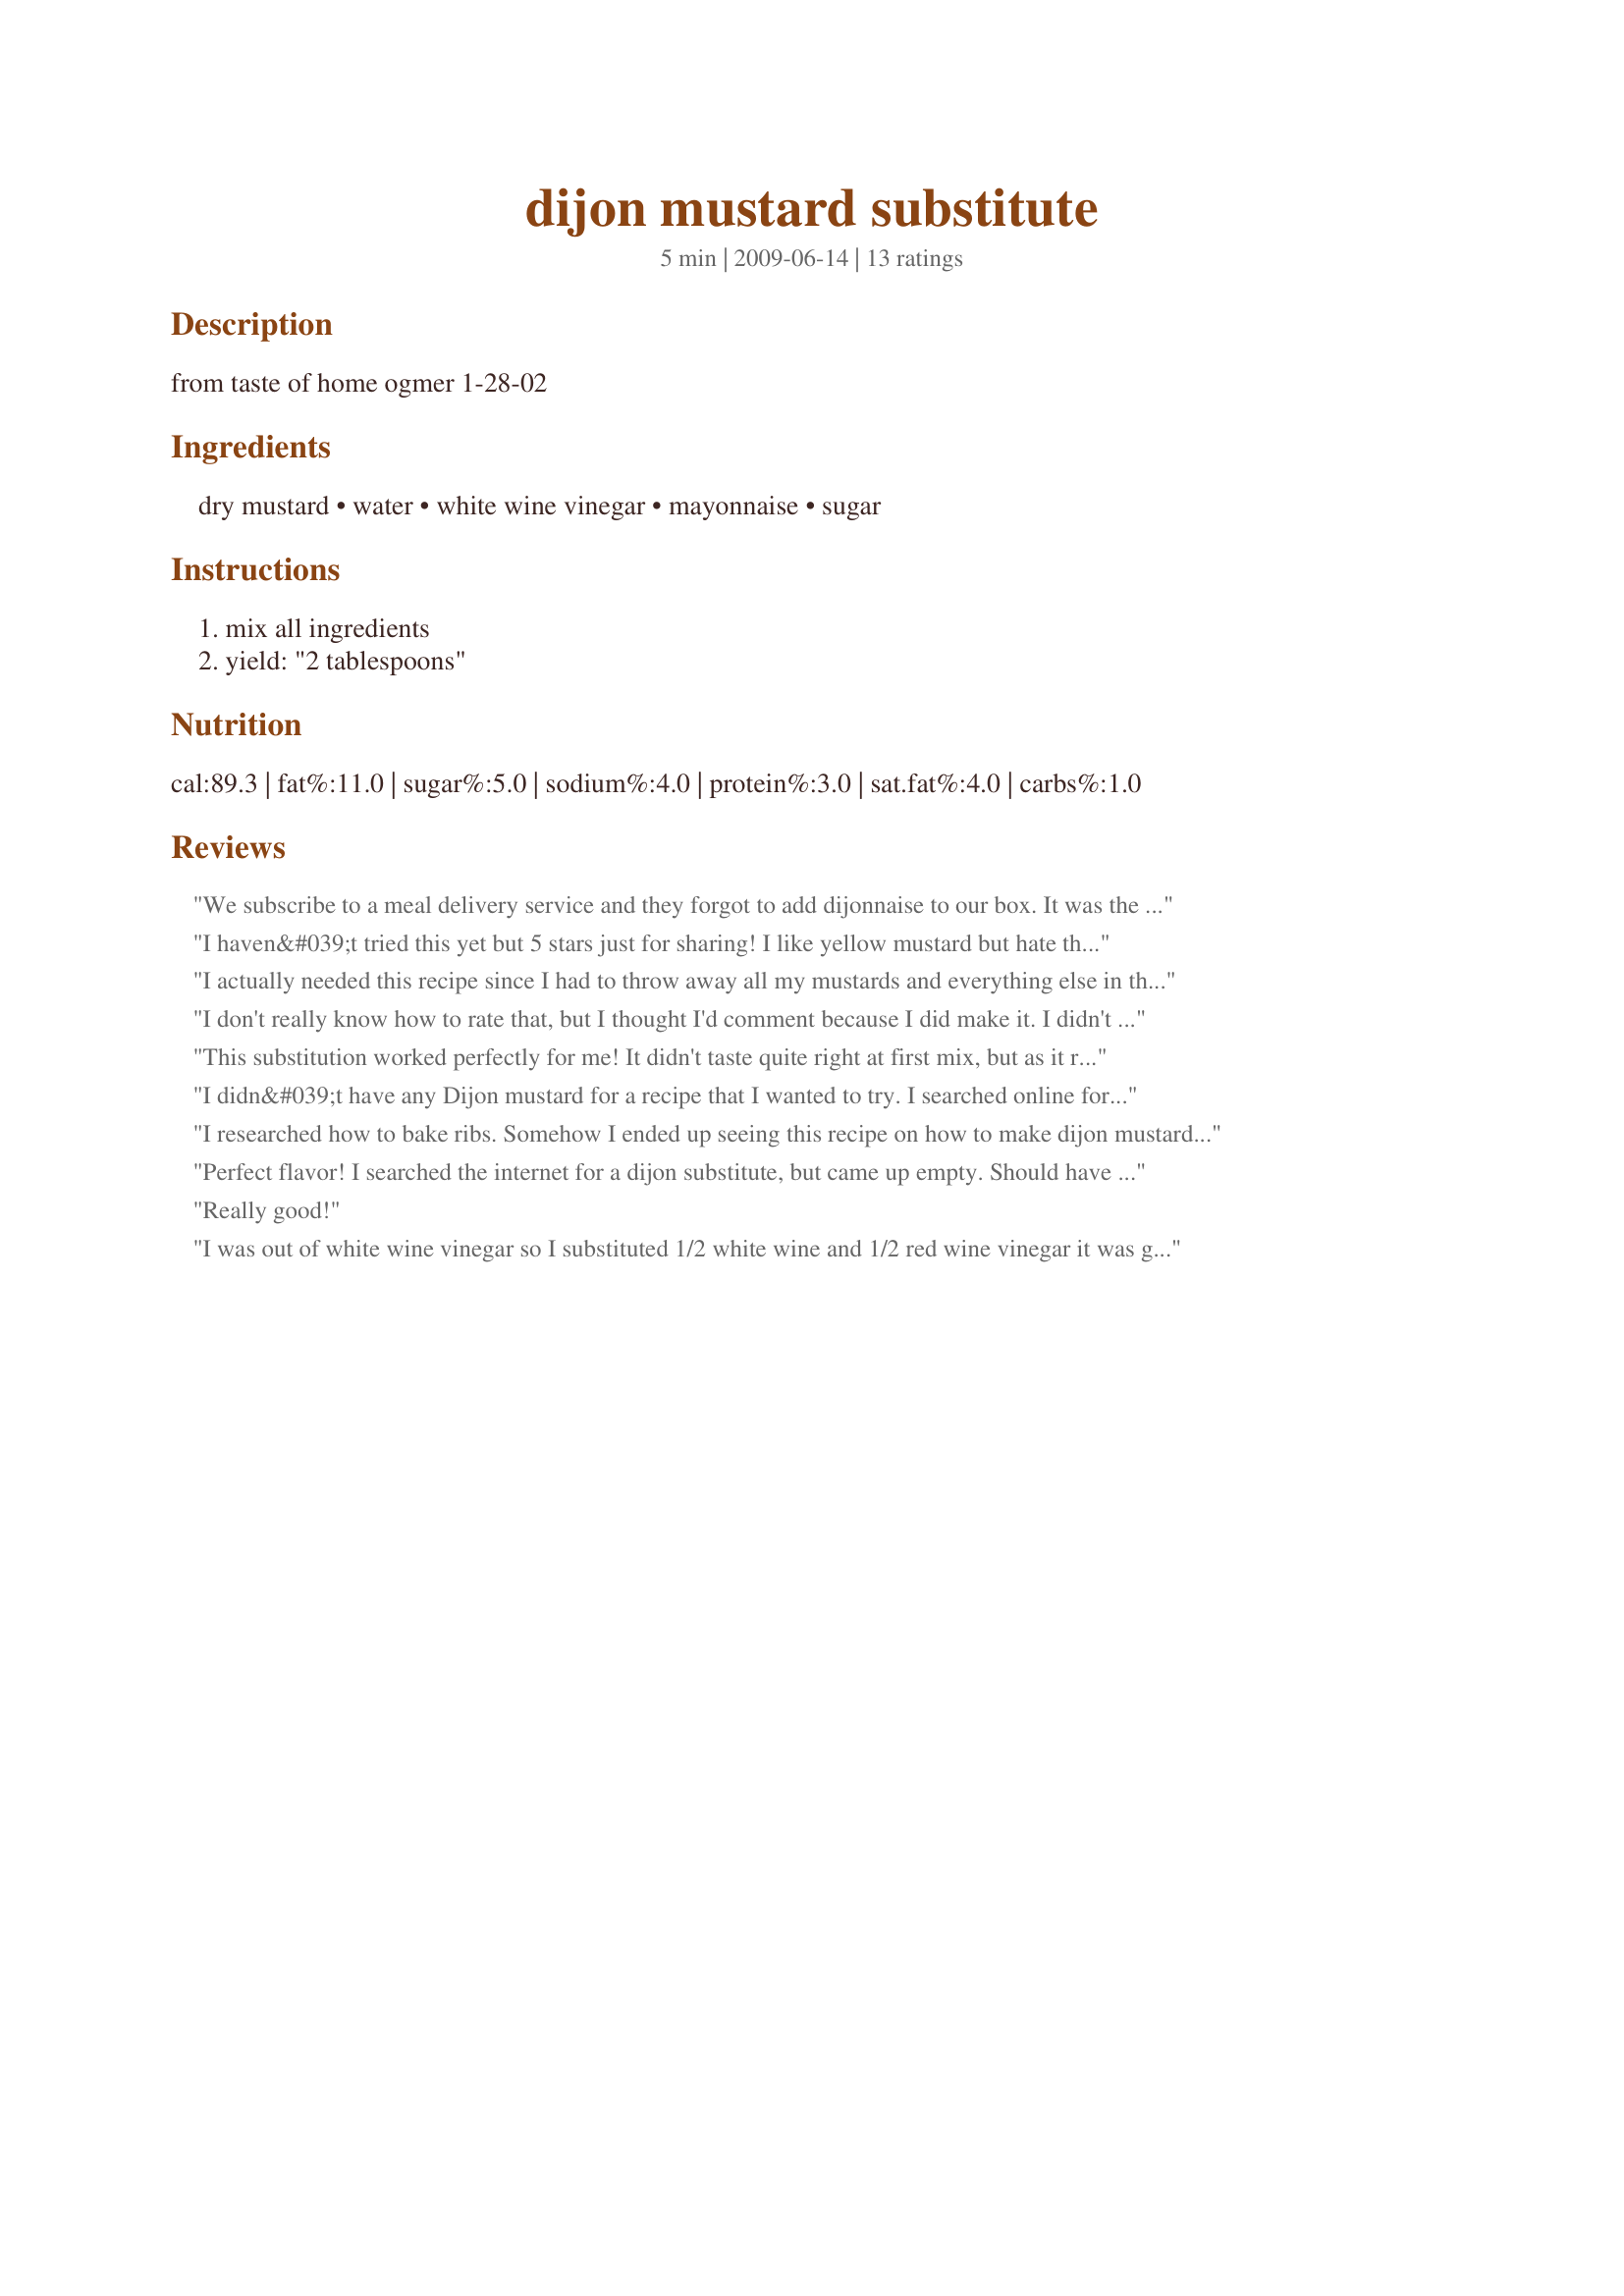
dijon mustard substitute
Preparation time: 5 minutes

from taste of home ogmer 1-28-02

Ingredients:
dry mustard, water, white wine vinegar, mayonnaise, sugar

Steps:
mix all ingredients, yield: "2 tablespoons"

Reviews:
We subscribe to a meal delivery service and they forgot to add dijonnaise to our box. It was the key ingredient to the shrimp rolls that I was preparing for my hubby and I. Food.com did not disappoint with this recipe. :)
I haven&#039;t tried this yet but 5 stars just for sharing! I like yellow mustard but hate the taste of Dijon and unfortunately that&#039;s the one called for in most recipes! I can already tell I&#039;ll love this by the ingredients and thrilled I found it! Thank you, thank you!&lt;br/&gt;Btw.. I know there are a lot of people like me who just don&#039;t like the flavour of Dijon though they like mustard so I hope you&#039;re getting this recipe out there! I know I&#039;ll be sharing it! :)
I actually needed this recipe since I had to throw away all my mustards and everything else in the fridge since we went through Hurricane Irma. I should have come here for the Dijon Mustard .. will also make this one. The other one I made smells just like Kraft's Hot Dog Mustard..
I don't really know how to rate that, but I thought I'd comment because I did make it. I didn't taste it before adding it to the recipe (pork tenderloin, carrots, parsnips, onions) and I also didn't taste any mustard taste in the recipe either. Could have been because the parsnips were too sweet. I had even added a lot of mustard seeds. I'll try it again sometime though.
This substitution worked perfectly for me! It didn't taste quite right at first mix, but as it rested, the flavors developed together well. I used it to crust a turkey tenderloin for roasting - turned out delicious! Thank you!
I didn&#039;t have any Dijon mustard for a recipe that I wanted to try. I searched online for a substitute and found this one. My husband enjoyed the meal so much with the &quot;substitute&quot; that I have instructions from him to only make this recipe and not to buy the ready-made type. It is very tasty. Thank you for posting this!
I researched how to bake ribs. Somehow I ended up seeing this recipe on how to make dijon mustard. So glad I did. Used it as a rub along with other spices. The ribs were the best I ever ate. I will never buy Dijon again, will always make my own using this awesome recipe!! I did not change the recipe, perfect as it is.
Perfect flavor! I searched the internet for a dijon substitute, but came up empty. Should have known it would be on Recipe Zaar! Thanks so much for posting.
Really good!
I was out of white wine vinegar so I substituted 1/2 white wine and 1/2 red wine vinegar it was good thanks for the recipe!
I don&#039;t like dijon mustard but sometimes IN something it is ok, and I had a salad dressing for a bean salad that called for it, so I needed some. This is a great substitute! I actually didn&#039;t have white wine vinegar so wasn&#039;t sure what to do. I added some red wine vinegar and rice vinegar lol. The only thing I did different was add a little more sugar because it was SO strong by itself. If I make again I may just add a little less mustard. It&#039;s a great sub you can tweak to your liking. Thanks much!
Thank you for this! I found it at a perfect, desperate time.
This is pretty good!!
